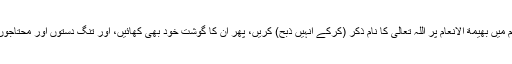
’’ اور وہ معلوم ایام میں بهيمة الانعام پر اللہ تعالیٰ کا نام ذکر (کرکے انہیں ذبح) کریں، پھر ان کا گوشت خود بھی کھائیں، اور تنگ دستوں اور محتاجوں کو بھی کھلائیں۔